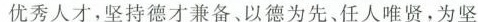
优秀人才，坚持德才兼备、以德为先、任人唯贤，为坚